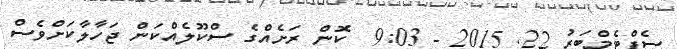
ސެޕްޓެމްބަރު 22